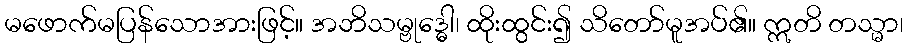
မဖောက်မပြန်သောအားဖြင့်။ အဘိသမ္ဗုဒ္ဓေါ၊ ထိုးထွင်း၍ သိတော်မူအပ်၏။ ဣတိ တသ္မာ၊